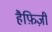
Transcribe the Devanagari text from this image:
हैफ़िज़ी